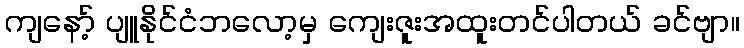
ကျနော့် ပျူနိုင်ငံဘလော့မှ ကျေးဇူးအထူးတင်ပါတယ် ခင်ဗျာ။